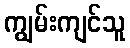
ကျွမ်းကျင်သူ